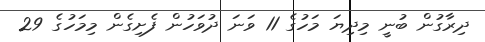
ދިރާގުން ބުނީ މިދިޔަ މަހުގެ 11 ވަނަ ދުވަހުން ފެށިގެން މިމަހުގެ 29